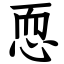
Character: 恧